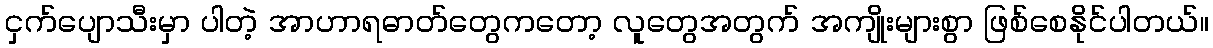
ငှက်ပျောသီးမှာ ပါတဲ့ အာဟာရဓာတ်တွေကတော့ လူတွေအတွက် အကျိုးများစွာ ဖြစ်စေနိုင်ပါတယ်။